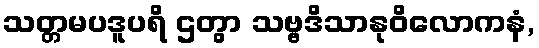
သတ္တမပဒူပရိ ဌတွာ သဗ္ဗဒိသာနုဝိလောကနံ,